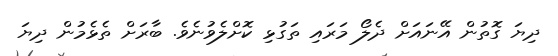
ދިޔަ ގޮތުން އޭނައަށް ދެލޯ މަރައި ތަގުޅި ކޮށްލެވުނެވެ. ބާރަށް ތެޅެމުން ދިޔަ